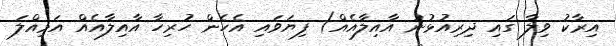
އިރާކު ވިލާ ގައި ދިރިއުޅުނު އާއިލާއެއް) ފިޔަވައި އެހެން ހުރިހާ އާއިލާއެއް އަމިއްލަ